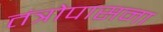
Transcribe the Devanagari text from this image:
तंत्रोपासना